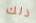
ذلك